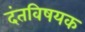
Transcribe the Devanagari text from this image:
दंतविषयक